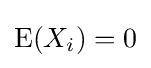
\operatorname {E} (X_{i})=0